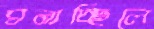
ঘনাচ্ছিলে